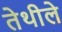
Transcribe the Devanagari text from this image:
तेथीले